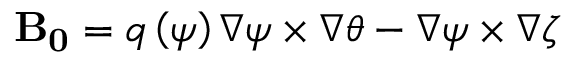
\mathbf { B _ { 0 } } = q \left( \psi \right) \nabla \psi \times \nabla \theta - \nabla \psi \times \nabla \zeta